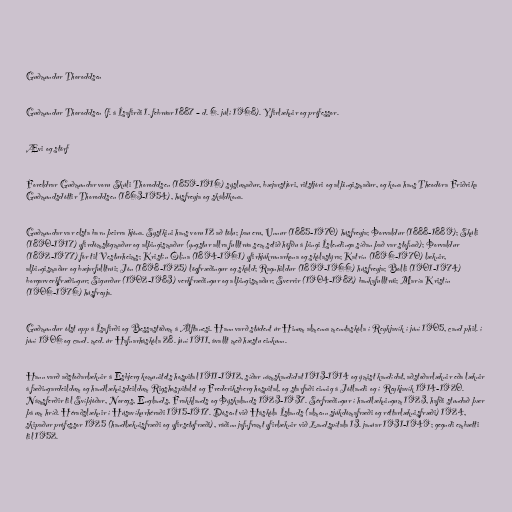
Guðmundur Thoroddsen

Guðmundur Thoroddsen (f. á Ísafirði 1. febrúar 1887 – d. 6. júlí 1968). Yfirlæknir og prófessor.

Ævi og störf

Foreldrar Guðmundar voru Skúli Thoroddsen (1859-1916) sýslumaður, bæjarstjóri, ritstjóri og alþingismaður, og kona hans Theodóra Friðrika
Guðmundsdóttir Thoroddsen (1863-1954), húsfreyja og skáldkona.

Guðmundar var elsta barn þeirra hjóna. Systkini hans voru 12 að tölu; þau eru, Unnur (1885-1970) húsfreyja; Þorvaldur (1888-1889); Skúli
(1890-1917) yfirdómslögmaður og alþingismaður (yngstur allra fulltrúa sem setið höfðu á þingi Íslendinga síðan það var stofnað); Þorvaldur
(1892-1977) fór til Vesturheims; Kristín Ólína (1894-1961) yfirhjúkrunarkona og skólastýra; Katrín (1896-1970) læknir,
alþingismaður og bæjarfulltrúi; Jón (1898-1925) lögfræðingur og skáld; Ragnhildur (1899-1966) húsfreyja; Bolli (1901-1974)
borgarverkfræðingur; Sigurður (1902-1983) verkfræðingur og alþingismaður; Sverrir (1904-1982) bankafulltrúi; María Kristín
(1906-1976) húsfreyja.

Guðmundur ólst upp á Ísafirði og Bessastöðum á Álftanesi. Hann varð stúdent úr Hinum almenna menntaskóla í Reykjavík í júní 1905, cand phil. í
júní 1906 og cand. med. úr Hafnarháskóla 28. júní 1911, ávallt með hæstu einkunn.

Hann varð aðstoðarlæknir á Esbjerg komunitets hospital 1911-1912, síðar námskandídat 1913-1914 og ýmist kandídat, aðstoðarlæknir eða læknir
á fæðingardeildum og handlæknisdeildum Rigshospitalet og Frederiksberg hospital, og starfaði einnig á Jótlandi og í Reykjavík 1914-1920.
Námsferðir til Svíþjóðar, Noregs, Englands, Frakklands og Þýskalands 1923-1937. Sérfræðingur í handlækningum 1923, hafði stundað þær
þá um hríð. Héraðslæknir í Húsavíkurhéraði 1915-1917. Dósent við Háskóla Íslands (almenn sjúkdómafræði og réttarlæknisfræði) 1924,
skipaður prófessor 1925 (handlæknisfræði og yfirsetufræði), ráðinn jafnframt yfirlæknir við Landspítala 13. janúar 1931-1949; gegndi embætti
til 1952.